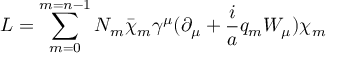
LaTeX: L = \sum _ { m = 0 } ^ { m = n - 1 } N _ { m } \bar { \chi } _ { m } \gamma ^ { \mu } ( \partial _ { \mu } + \frac { i } { a } q _ { m } W _ { \mu } ) \chi _ { m }